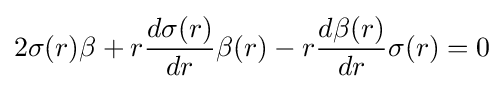
2\sigma (r)\beta +r{\frac {d\sigma (r)}{dr}}\beta (r)-r{\frac {d\beta (r)}{dr}}\sigma (r)=0